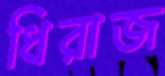
ধিরাজ